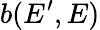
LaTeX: b(E^{\prime},E)